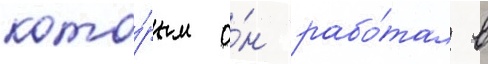
кото́рым о́н рабо́тал в